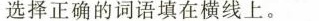
选择正确的词语填在横线上。